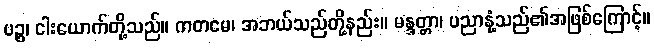
ပဉ္စ၊ ငါးယောက်တို့သည်။ ကတမေ၊ အဘယ်သည်တို့နည်း။ မန္ဒတ္တာ၊ ပညာနုံ့သည်၏အဖြစ်ကြောင့်။